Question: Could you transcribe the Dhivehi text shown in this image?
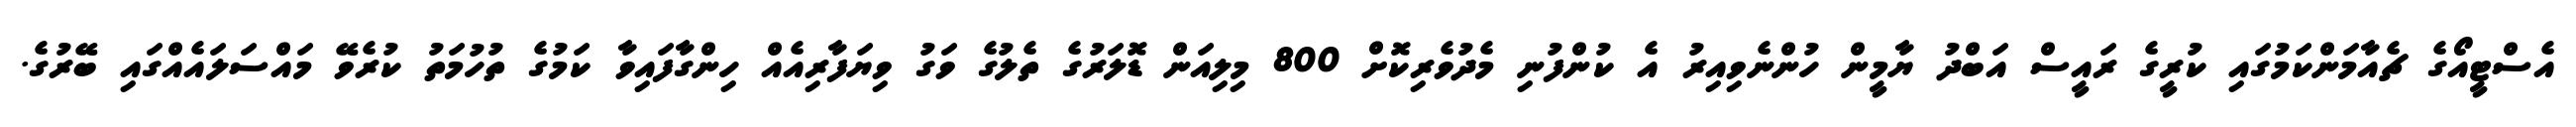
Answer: އެސްޓީއޯގެ ޗެއާމަންކަމުގައި ކުރީގެ ރައީސް އަބްދު ޔާމީން ހުންނެވިއިރު އެ ކުންފުނި މެދުވެރިކޮށް 800 މިލިއަން ޑޮލަރުގެ ތެލުގެ ވަގު ވިޔަފާރިއެއް ހިންގާފައިވާ ކަމުގެ ތުހުމަތު ކުރެވޭ މައްސަލައެއްގައި ބޭރުގެ.